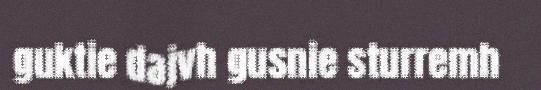
guktie dajvh gusnie sturremh